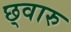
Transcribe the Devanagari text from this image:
छ्वारु